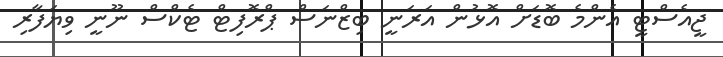
ޖީއެސްޓީ އެންމެ ބޮޑަށް އޮޅުން އަރަނީ ބިޒްނަސް ޕްރޮފިޓް ޓެކްސް ނޫނީ ވިޔަފާރި